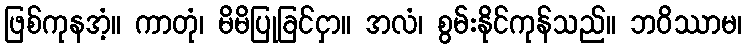
ဖြစ်ကုနအံ့။ ကာတုံ၊ မိမိပြုခြင်ငှာ။ အလံ၊ စွမ်းနိုင်ကုန်သည်။ ဘဝိဿာမ၊